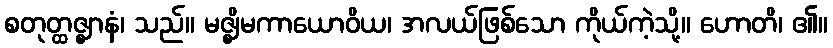
စတုတ္ထဇ္ဈာနံ၊ သည်။ မဇ္ဈိမကာယောဝိယ၊ အလယ်ဖြစ်သော ကိုယ်ကဲ့သို့။ ဟောတိ၊ ၏။